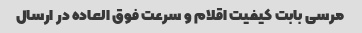
مرسی بابت کیفیت اقلام و سرعت فوق العاده در ارسال